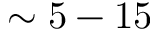
\sim 5 - 1 5